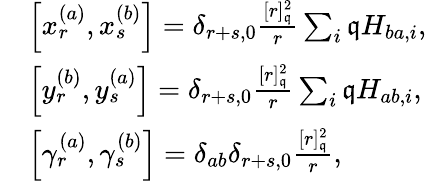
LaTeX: \begin{array}{rl}&{\left[x_{r}^{(a)},x_{s}^{(b)}\right]=\delta_{r+s,0}\frac{[r]_{\mathfrak{q}}^{2}}{r}\sum_{i}\mathfrak{q}H_{ba,i},}\\ &{\left[y_{r}^{(b)},y_{s}^{(a)}\right]=\delta_{r+s,0}\frac{[r]_{\mathfrak{q}}^{2}}{r}\sum_{i}\mathfrak{q}H_{ab,i},}\\ &{\left[\gamma_{r}^{(a)},\gamma_{s}^{(b)}\right]=\delta_{ab}\delta_{r+s,0}\frac{[r]_{\mathfrak{q}}^{2}}{r},}\end{array}